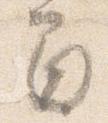
間